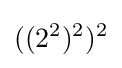
((2^{2})^{2})^{2}